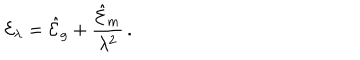
{ \cal E } _ { \lambda } = { \hat { \cal E } } _ { g } + { \frac { { \hat { \cal E } } _ { m } } { \lambda ^ { 2 } } } \, . \,